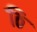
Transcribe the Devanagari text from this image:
ठि